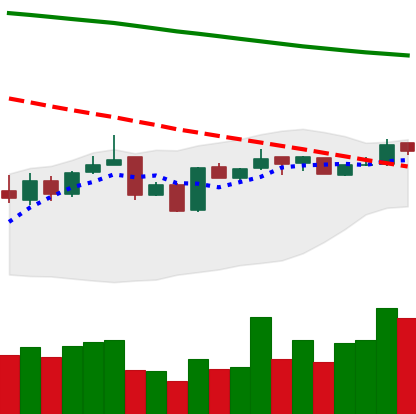
Ticker: BNB-USD
Chart end date: 2019-01-07
Forward return: -4.998%
Label: down_3_5